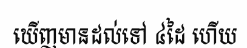
ឃើញមានដល់ទៅ ៤ដៃ ហើយ